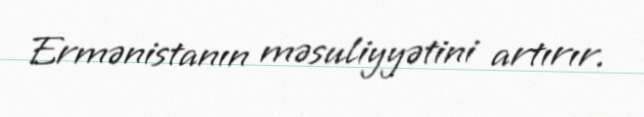
Ermənistanın məsuliyyətini artırır.